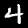
Digit: 4